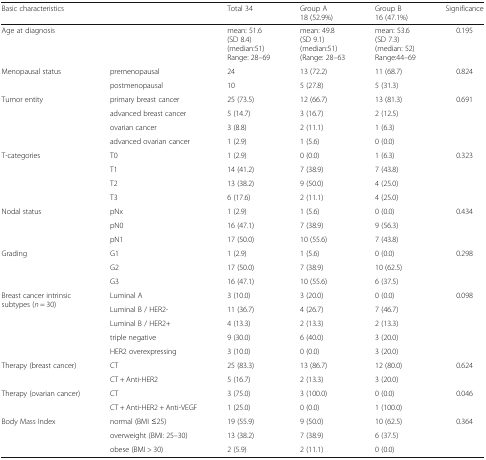
<table><thead><tr><td><b>Basic characteristics</b></td><td></td><td><b>Total 34</b></td><td><b>Group A18 (52.9%)</b></td><td><b>Group B16 (47.1%)</b></td><td><b>Significance</b></td></tr></thead><tbody><tr><td>Age at diagnosis</td><td></td><td>mean: 51.6(SD 8.4)(median:51)Range: 28–69</td><td>mean: 49.8(SD 9.1)(median:51)(Range: 28–63</td><td>mean: 53.6(SD 7.3)(median: 52)Range:44–69</td><td>0.195</td></tr><tr><td rowspan="2">Menopausal status</td><td>premenopausal</td><td>24</td><td>13 (72.2)</td><td>11 (68.7)</td><td rowspan="2">0.824</td></tr><tr><td>postmenopausal</td><td>10</td><td>5 (27.8)</td><td>5 (31.3)</td></tr><tr><td rowspan="4">Tumor entity</td><td>primary breast cancer</td><td>25 (73.5)</td><td>12 (66.7)</td><td>13 (81.3)</td><td rowspan="4">0.691</td></tr><tr><td>advanced breast cancer</td><td>5 (14.7)</td><td>3 (16.7)</td><td>2 (12.5)</td></tr><tr><td>ovarian cancer</td><td>3 (8.8)</td><td>2 (11.1)</td><td>1 (6.3)</td></tr><tr><td>advanced ovarian cancer</td><td>1 (2.9)</td><td>1 (5.6)</td><td>0 (0.0)</td></tr><tr><td rowspan="4">T-categories</td><td>T0</td><td>1 (2.9)</td><td>0 (0.0)</td><td>1 (6.3)</td><td rowspan="4">0.323</td></tr><tr><td>T1</td><td>14 (41.2)</td><td>7 (38.9)</td><td>7 (43.8)</td></tr><tr><td>T2</td><td>13 (38.2)</td><td>9 (50.0)</td><td>4 (25.0)</td></tr><tr><td>T3</td><td>6 (17.6)</td><td>2 (11.1)</td><td>4 (25.0)</td></tr><tr><td rowspan="3">Nodal status</td><td>pNx</td><td>1 (2.9)</td><td>1 (5.6)</td><td>0 (0.0)</td><td rowspan="3">0.434</td></tr><tr><td>pN0</td><td>16 (47.1)</td><td>7 (38.9)</td><td>9 (56.3)</td></tr><tr><td>pN1</td><td>17 (50.0)</td><td>10 (55.6)</td><td>7 (43.8)</td></tr><tr><td rowspan="3">Grading</td><td>G1</td><td>1 (2.9)</td><td>1 (5.6)</td><td>0 (0.0)</td><td rowspan="3">0.298</td></tr><tr><td>G2</td><td>17 (50.0)</td><td>7 (38.9)</td><td>10 (62.5)</td></tr><tr><td>G3</td><td>16 (47.1)</td><td>10 (55.6)</td><td>6 (37.5)</td></tr><tr><td rowspan="5">Breast cancer intrinsic subtypes (<i>n</i> = 30)</td><td>Luminal A</td><td>3 (10.0)</td><td>3 (20.0)</td><td>0 (0.0)</td><td rowspan="5">0.098</td></tr><tr><td>Luminal B / HER2-</td><td>11 (36.7)</td><td>4 (26.7)</td><td>7 (46.7)</td></tr><tr><td>Luminal B / HER2+</td><td>4 (13.3)</td><td>2 (13.3)</td><td>2 (13.3)</td></tr><tr><td>triple negative</td><td>9 (30.0)</td><td>6 (40.0)</td><td>3 (20.0)</td></tr><tr><td>HER2 overexpressing</td><td>3 (10.0)</td><td>0 (0.0)</td><td>3 (20.0)</td></tr><tr><td rowspan="2">Therapy (breast cancer)</td><td>CT</td><td>25 (83.3)</td><td>13 (86.7)</td><td>12 (80.0)</td><td rowspan="2">0.624</td></tr><tr><td>CT + Anti-HER2</td><td>5 (16.7)</td><td>2 (13.3)</td><td>3 (20.0)</td></tr><tr><td rowspan="2">Therapy (ovarian cancer)</td><td>CT</td><td>3 (75.0)</td><td>3 (100.0)</td><td>0 (0.0)</td><td rowspan="2">0.046</td></tr><tr><td>CT + Anti-HER2 + Anti-VEGF</td><td>1 (25.0)</td><td>0 (0.0)</td><td>1 (100.0)</td></tr><tr><td rowspan="3">Body Mass Index</td><td>normal (BMI ≤25)</td><td>19 (55.9)</td><td>9 (50.0)</td><td>10 (62.5)</td><td rowspan="3">0.364</td></tr><tr><td>overweight (BMI: 25–30)</td><td>13 (38.2)</td><td>7 (38.9)</td><td>6 (37.5)</td></tr><tr><td>obese (BMI &gt; 30)</td><td>2 (5.9)</td><td>2 (11.1)</td><td>0 (0.0)</td></tr></tbody></table>